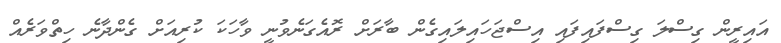
އައިރީން ގިސްލަ ގިސްފައިފައި އިސްޖަހައިލައިގެން ބާރަށް ރޮއެގަނެވުނީ ވާހަކަ ކުރިއަށް ގެންދާނެ ހިތްވަރެއް